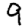
Digit: 9